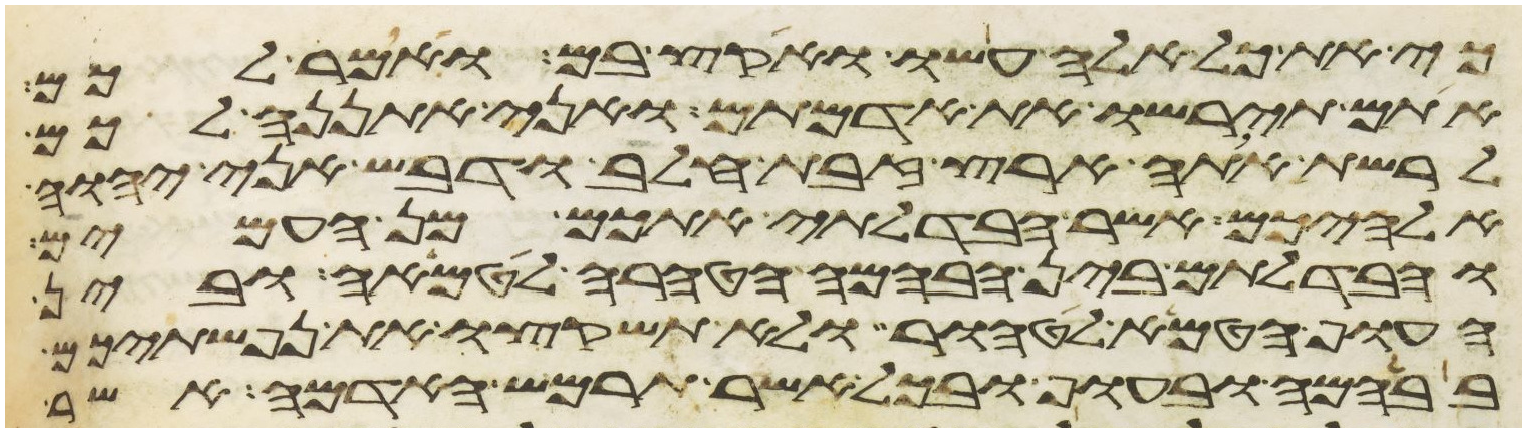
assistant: כי את כל אלה עשו ואקץ בם ואמר לכם
אתם תירשו את אדמתם ואני אתננה לכם
לרשת אתה ארץ זבת חלב ודבש אני יהוה
אלהיכם אשר הבדלתי אתכם מן העמים
והבדלתם בין הבהמה הטהרה לטמאה ובין
העוף הטמא לטהור ולא תשקצו את נפשתיכם
בבהמה ובעוף ובכל אשר תרמש האדמה אשר